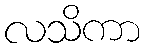
လသိကာ